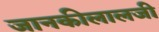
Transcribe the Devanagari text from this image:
जानकीलालजी